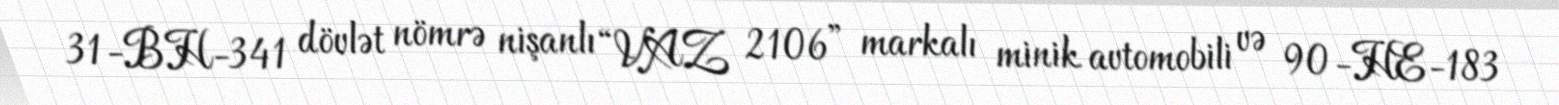
31-BH-341 dövlət nömrə nişanlı “VAZ 2106” markalı minik avtomobili və 90-HE-183